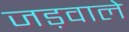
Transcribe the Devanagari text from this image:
जड़वाले